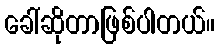
ခေါ်ဆိုတာဖြစ်ပါတယ်။